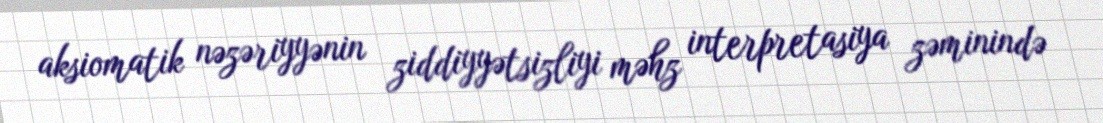
aksiomatik nəzəriyyənin ziddiyyətsizliyi məhz interpretasiya zəminində